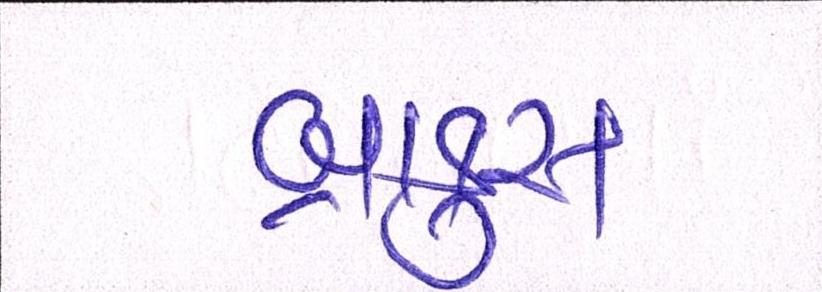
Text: બ્રાફુસ